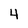
Character: 4